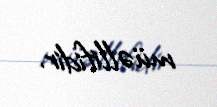
müəllifidir.